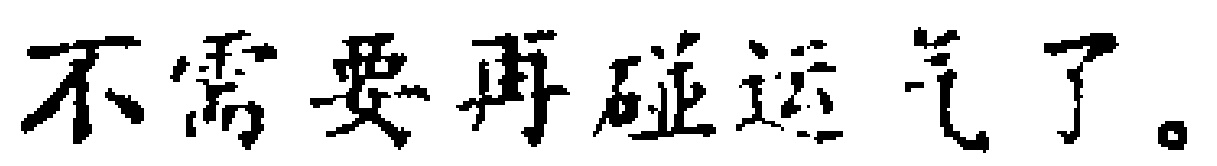
不需要再碰运气了。